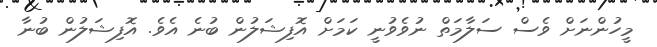
މީހުންނަށް ވެސް ސަލާމަތް ނުވެވުނީ ކަމަށް އޮފިޝަލުން ބުނެ އެވެ. އޮފިޝަލުން ބުނާ